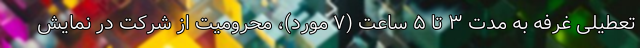
تعطیلی غرفه به مدت ۳ تا ۵ ساعت (۷ مورد)، محرومیت از شرکت در نمایش